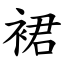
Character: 裙